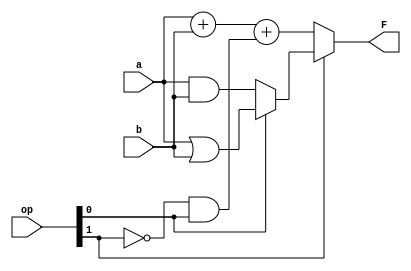
// Write your modules here!
module alu(input [3:0]a,b, input [1:0]op, output [3:0]F);
  wire [3:0]F0,F1;
  wire c0;
  
  assign c0 = ~op[1]&op[0];
  
  assign F = (~op[1])?F1:F0;
  assign F1 = a+b+c0;
  assign F0 = (op[0])?a|b:a&b;
  
endmodule

module altonivel(input [3:0]a,b, input [1:0]op, output [3:0]F);
  wire [3:0]F0,F1;
  
  assign F = (op[1])?F1:F0;
  assign F1 = (op[0])?a|b:a&b;
  assign F0 = (op[0])?a+b+1:a+b;
  
endmodule

module stimulus;
    reg  [3:0] a,b;
    reg [1:0] c;
    wire [3:0] f1,f2;
    altonivel M1(a,b,c,f1);
    alu   M2(a,b,c,f2);
    integer i;     
    initial begin
                
    $monitor(" a=%d,b=%d c=%d f1 %d f2 %d",a,b,c,f1,f2);
      for (i=0; i < 1024 ; i=i+1)
	begin 
          a= i[9:6]; b = i[5:2]; c = i[1:0]; #1;
	  if ( f1 !== f2 ) $display("Falha ! a=%d b=%d c %d",a,b,c);
       	end  // for 
    end  // initial
     
endmodule